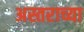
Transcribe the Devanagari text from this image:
अस्तराच्या